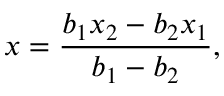
x = { \frac { b _ { 1 } x _ { 2 } - b _ { 2 } x _ { 1 } } { b _ { 1 } - b _ { 2 } } } ,